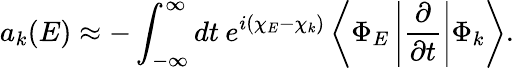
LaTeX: a_{k}(E)\approx-\int_{-\infty}^{\infty}dt\: e^{i(\chi_{E}-\chi_{k})}\left<\Phi_{E}\left|\frac{\partial}{\partial t}\right|\Phi_{k}\right>.